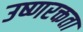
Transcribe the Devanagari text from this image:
उष्णरक्तता